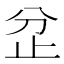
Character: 𣥝